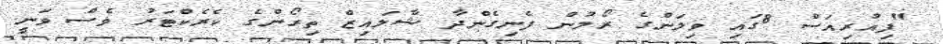
"ފިއުރިއަސް 8ގައި ވިލަންގެ ރޯލުން ފެނިގެންދާ ޝާލައިޒް ތިރޯންގެ ކެރެކްޓަރު ވެސް ވަނީ